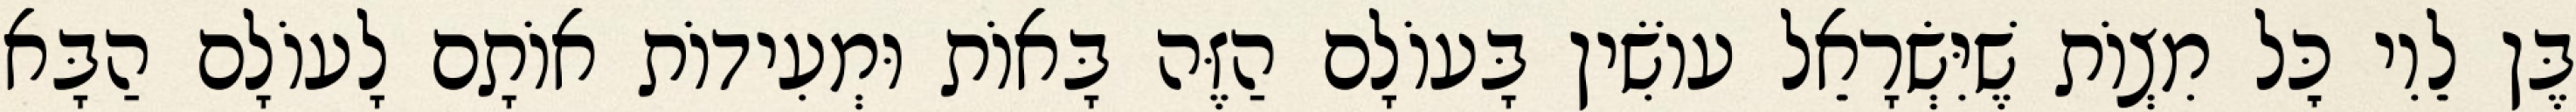
בֶּן לֵוִי כׇּל מִצְוֹת שֶׁיִּשְׂרָאֵל עוֹשִׂין בָּעוֹלָם הַזֶּה בָּאוֹת וּמְעִידוֹת אוֹתָם לָעוֹלָם הַבָּא